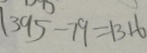
1 3 9 5 - 7 9 = 1 3 1 6